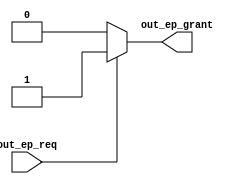
// This program was cloned from: https://github.com/davidthings/tinyfpga_bx_usbserial
// License: Apache License 2.0

module usb_fs_out_arb #(
  parameter NUM_OUT_EPS = 1
) (
  ////////////////////
  // endpoint interface 
  ////////////////////
  input [NUM_OUT_EPS-1:0] out_ep_req,
  output reg [NUM_OUT_EPS-1:0] out_ep_grant
);
  integer i;
  reg grant;

  always @* begin
    grant = 0;

    for (i = 0; i < NUM_OUT_EPS; i = i + 1) begin
      out_ep_grant[i] <= 0;

      if (out_ep_req[i] && !grant) begin
        out_ep_grant[i] <= 1;
        grant = 1;
      end
    end
  end
endmodule